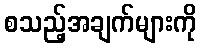
စသည့်အချက်များကို